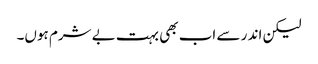
لیکن اند ر سے اب بھی بہت بے شرم ہوں۔